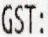
GST: